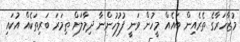
މުޒާހަރާގެ ތެރެއިން ބައެއް މީހުން ވަނީ ފުލުހުންނާ ދިމާލަށް ތިމަރަ ބަރިތަކެއް އުކައި